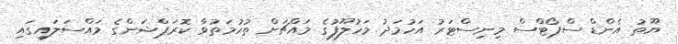
ޔޫތު އެންޑް ސްޕޯޓްސް މިނިސްޓަރު އަހުމަދު މަހުލޫފުގެ މައްޗަށް ތުހުމަތުވާ ކޮރަޕްޝަންގެ މައްސަލައިގައި